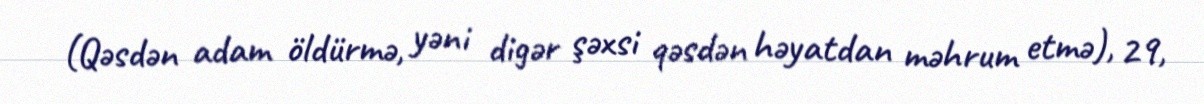
(Qəsdən adam öldürmə, yəni digər şəxsi qəsdən həyatdan məhrum etmə), 29,